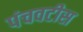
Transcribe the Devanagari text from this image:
पंचवटीस